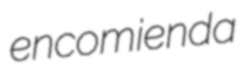
encomienda